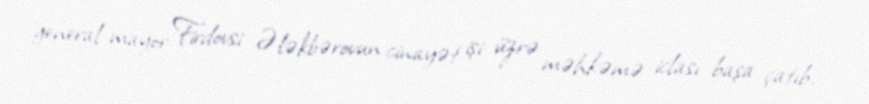
general-mayor Firdovsi Ələkbərovun cinayət işi üzrə məhkəmə iclası başa çatıb.